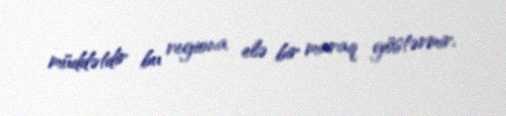
müddətdir bu regiona elə bir maraq göstərmir.